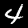
Digit: 4